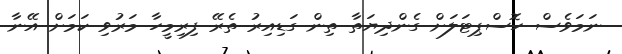
ނަމަވެސް ހޮސްޕިޓަލަށް ގެންދިޔަތާ ތިން ގަޑިއިރު ތެރޭ ފިރިމީހާ މަރުވި ކަމަށް އޭނާ